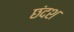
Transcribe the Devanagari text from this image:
छंदश